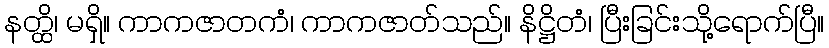
နတ္ထိ၊ မရှိ။ ကာကဇာတကံ၊ ကာကဇာတ်သည်။ နိဋ္ဌိတံ၊ ပြီးခြင်းသို့ရောက်ပြီ။